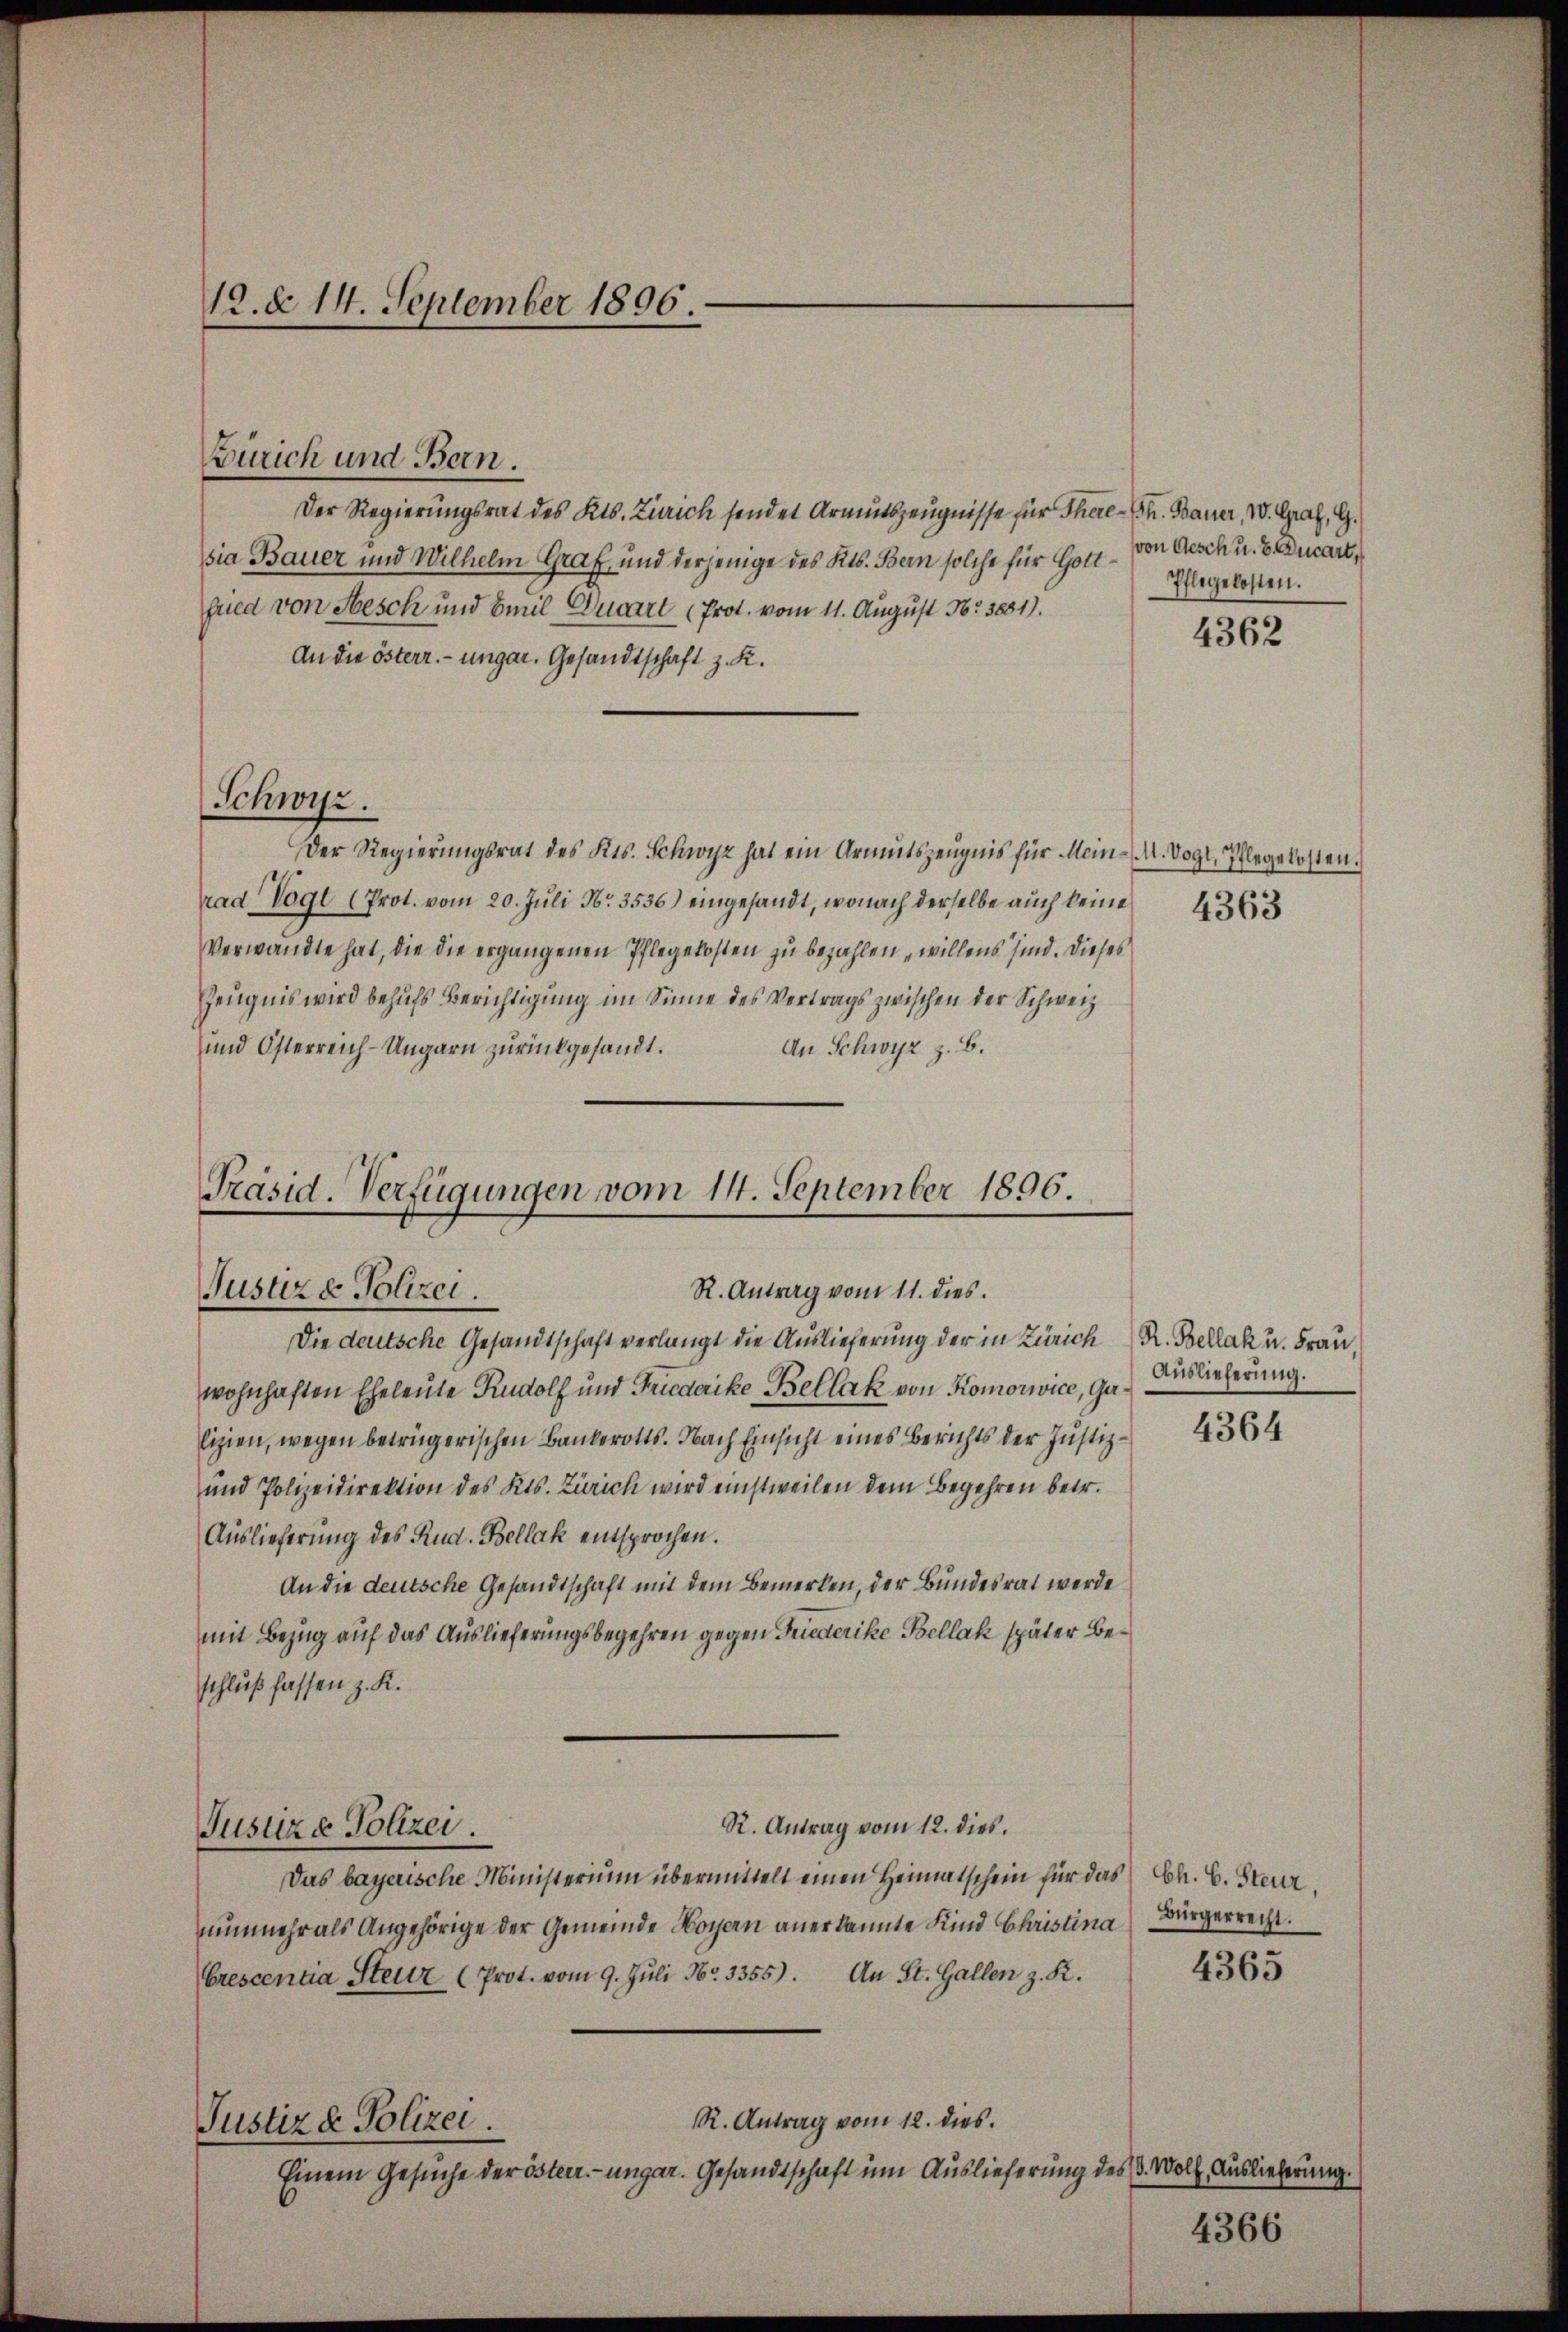
12. d. 14. September 1896.

R. Antrag vom 11. dies
Justiz & Polizei.

Zürich und Bern.
Der Regierungsrat des Kts. Zürich sendet Armutszeugnisse für There- Ch. Bauer, VV. Graz, G.
pia Bauer und Wilhelm Graf, und derjenige des Kts. Bern solche für Gott – von Gesch u. 2 Ducart,
fred von Besch und Emil Ducart (Prot. vom 11. August Nr. 5881).
An die österr. ungar. Gesandtschaft z. K.
Schwyz.
Der Regierungsrat des Kts. Schwyz hat ein Armutszeugnis für Mein M. Vogt, Pflegekosten.
rad Vogt (Prot. vom 20. Juli No. 3536) eingesandt, wonach derselbe auch keine
Verwandte hat, die die ergangenen Pflegekosten zu bezahlen willens sind. Dieses
Zeugnis wird behufs Berichtigung im Sinne des Vertrags zwischen der Schweiz
An Schwyz z. B.
und Österreich-Ungarn zurückgesandt.
Präsid. Verfügungen vom 14. September 1896.

Die deutsche Gesandtschaft verlangt die Auslieferung der in Zürich
wohnhaften Eheleute Rudolf und Friedaike Bellak von Komorwvice, Galizien, wegen betrügerischen Bankerotts. Nach Einsicht eines Berichts der Justiz¬
und Polizeidirektion des Kts. Zürich wird einstweilen dem Begehren betr.
Auslieferung des Rud. Bellak entsprochen.
An die deutsche Gesandtschaft mit dem Bemerken, der Bundesrat werde
mit Bezug auf das Auslieferungsbegehren gegen Friederike Bellak später Beschluß fassen z. K.
R. Antrag vom 12. dies.
Justiza Polizei.
Das bayerische Ministerium übermittelt einen Heimatschein für das Ch. E. Steur.
nunmehr als Angehörige der Gemeinde Bogen anerkannte Kind Christina
Crescentia Steuer (Prot. vom 9. Jŭli Nr. 3355). An St. Gallen z. R.
R. Antrag vom 12. dies
Justiz & Polizei.
Einem Gesuche der österr.-ungar. Gesandtschaft um Auslieferung des d. Wolf, Auslieferung.

Pflegekosten.

4362

4363

R. Bellak u. Frau,
Auslieferung.

4364

Bürgerrecht.

4365

4366